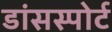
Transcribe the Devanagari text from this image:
डांसस्पोर्ट